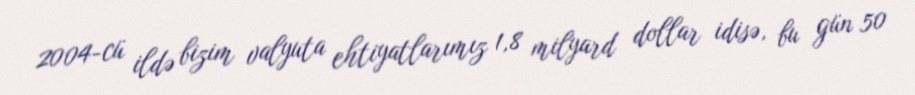
2004-cü ildə bizim valyuta ehtiyatlarımız 1,8 milyard dollar idisə, bu gün 50